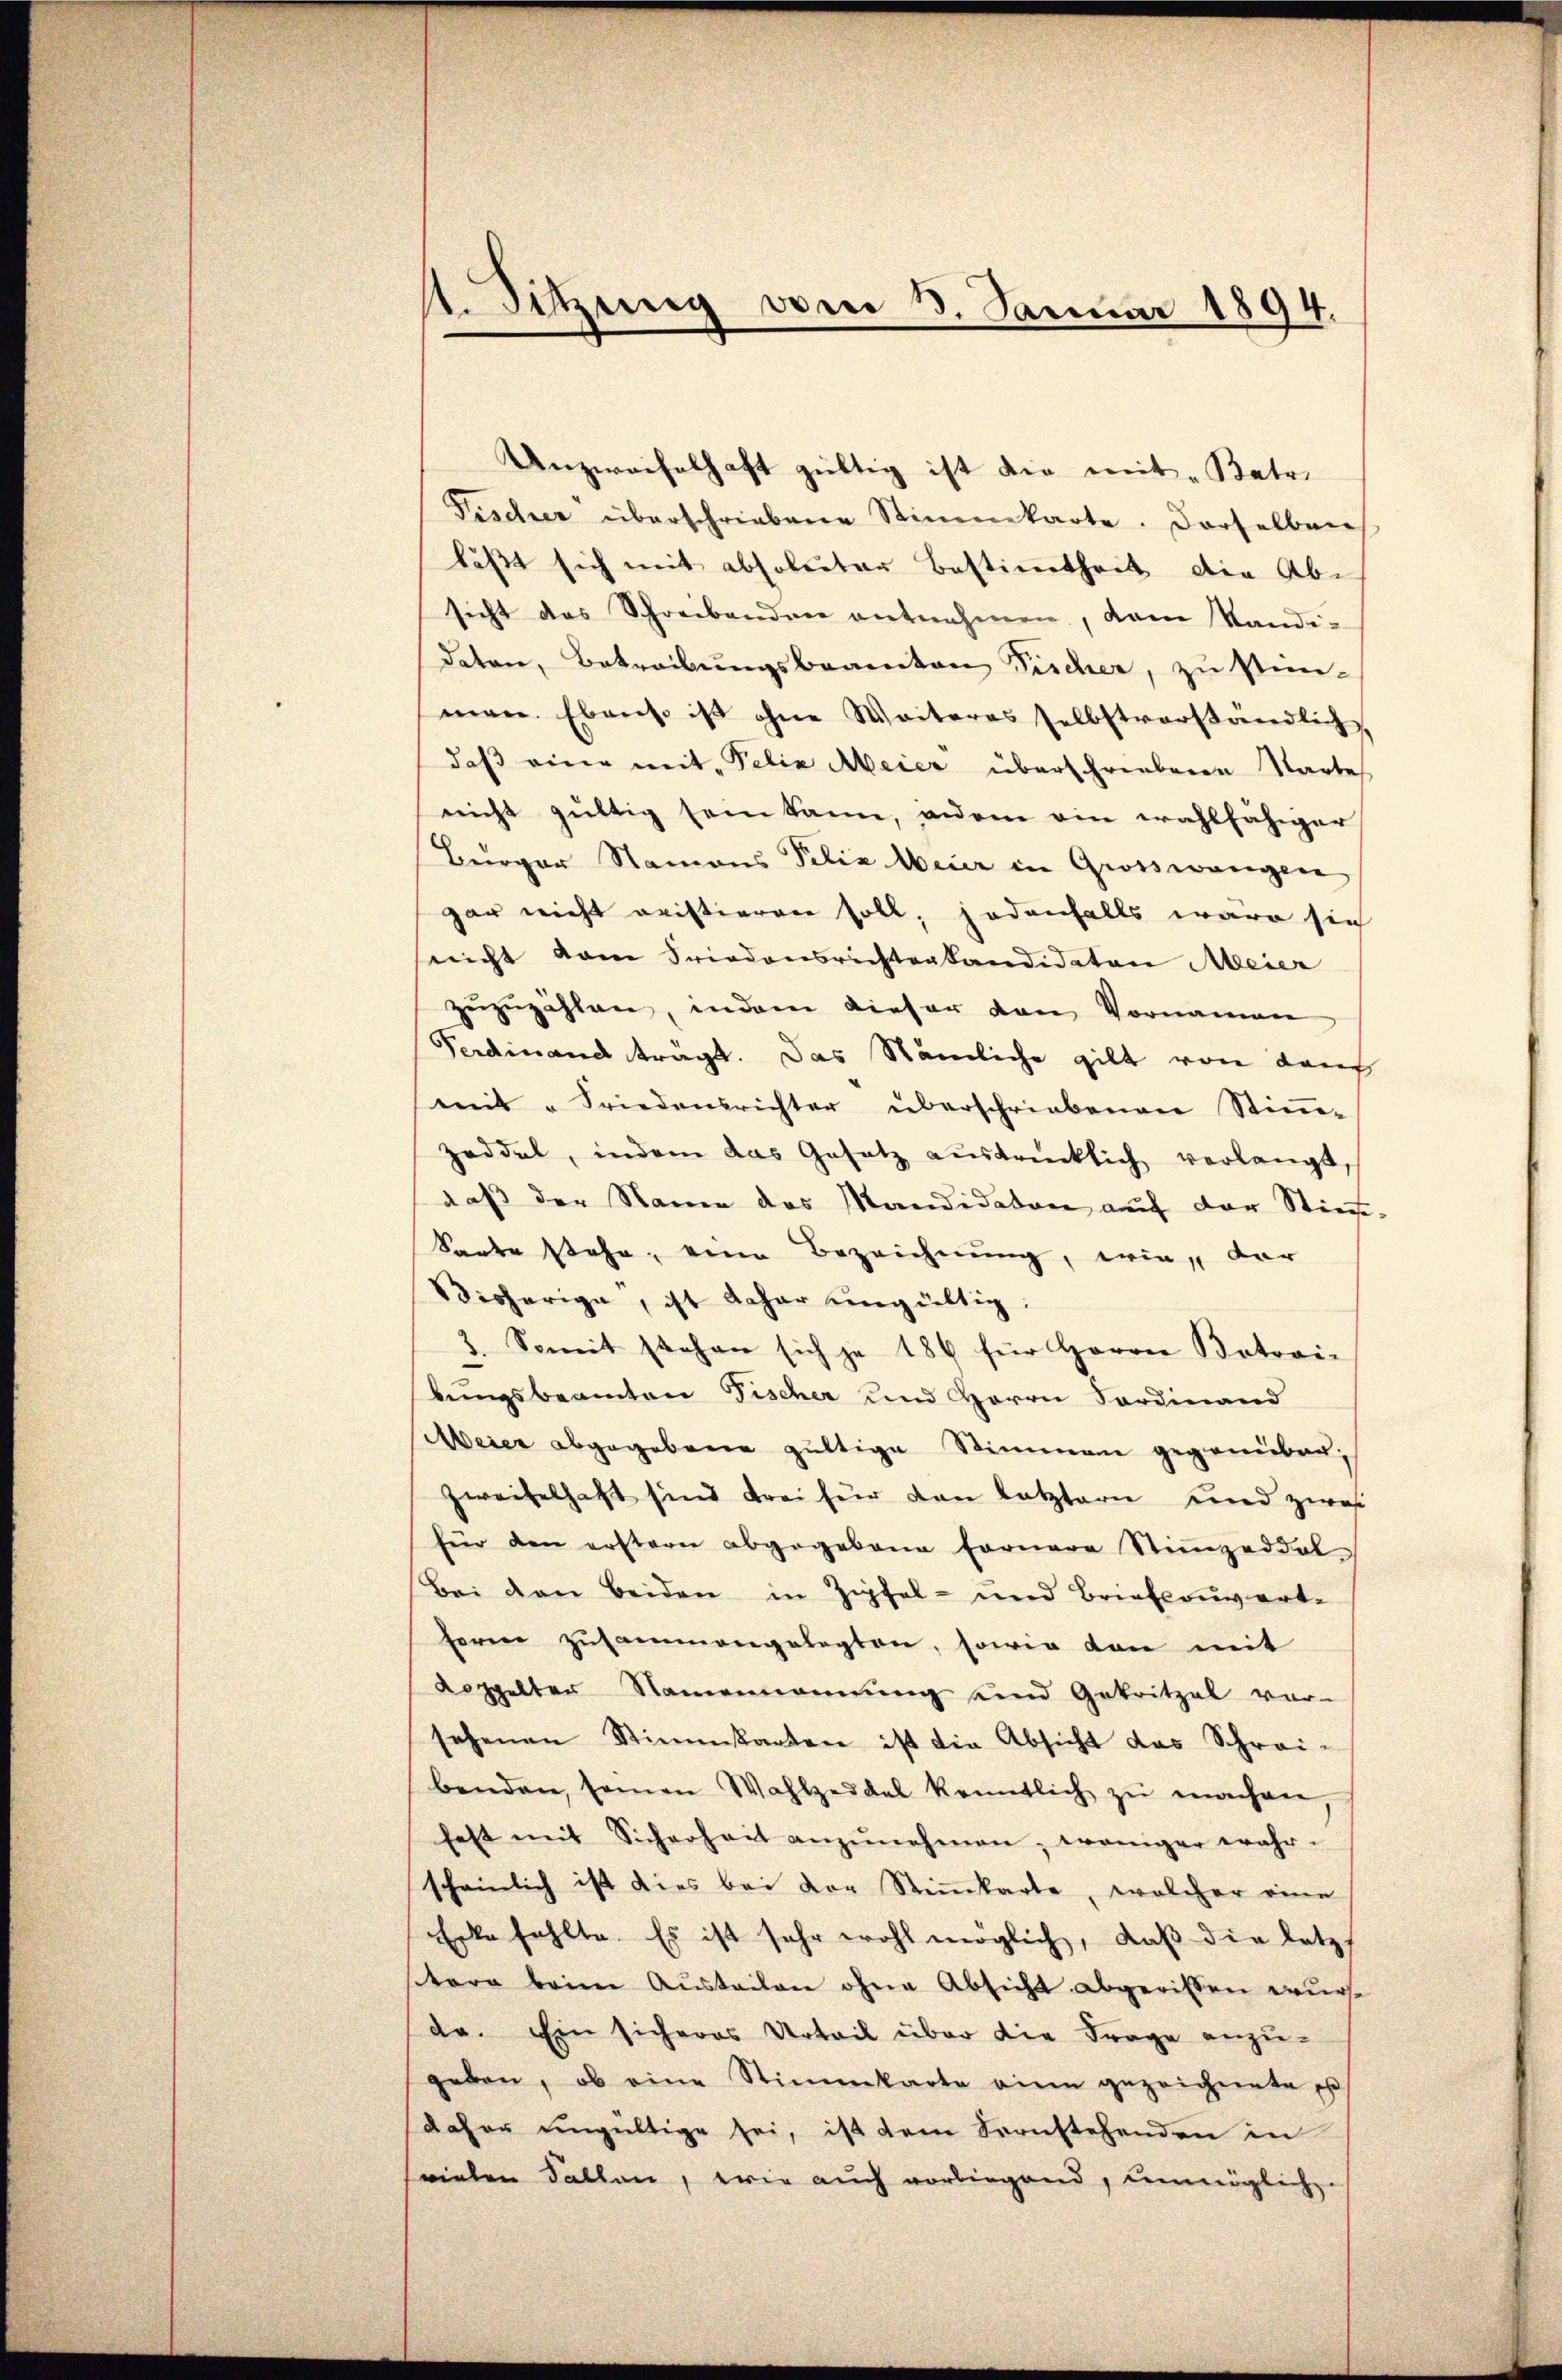
1. Sitzung von 3. Januar 1894.

Unzweifelhaft gültig ist die mit „Batr.
Fischer überschriebene Stimmkarte. Derselben
läßt sich mit absoluter Bestimmtheit die Abe
sicht das Schreibenden entnehmen, dem Standidaten, Betreibungsbeamten Fischer, zu stim-
men. Ebenso ist ohne Weiteres selbstverständlich
daβ eine mit Felix Meier überschriebenen Wartes
nicht gültig sein kann, inden ein wahlfähiger
Bürger Namens Felix Weier in Grosswangen
gar nicht oristieren soll, jedenfalls wäre sich
nicht vom Friedensrichtenkandidaten Meier
zŭzŭzählen, indem dieser van Vornamen
Ferdinand trägt. Das Nämliche gilt von dans
mit Friedensrichter überschriebenen Stimm-
zeddel, indem das Gesetz aŭsdrücklich verlangt
daß der Name des Mandidaten auf der Stiefe¬
Sarte stehe, eine Bezeichnung, wie dar
Bisherige, ist daher ungültig.
3. Somit stehen sich je 186 für Herrn Botovi-
bungsbeamten Fischer und Herrn Fordinand
Meier abgegebene gültige Stimmen gegenüberzweifelhaft sind drei für den letztern und zwei
für den erstern abgegebene fernere Stimmzeddel
Bei den beiden in Zipfel- und Briefcouverte
heren zusammengelegten, sowie dan mit
Koppelten Namenkommung und Getritzel vor-
sehenen Stimmkarten ist die Absicht das Schrei-
benden, seien Wahlzeddel kenntlich zŭ machen,
fest mit Sicherheit anzŭnehmen, weniger wahr-
scheinlich ist dies bei der Stimmkarte, welcher eine
Erke fehlte. Es ist sehr wohl möglich, daβ die letz-
tere beim Austeilen ohne Absicht abgerissen wurde
da. Ein sicheres Urteil über die Frage anzu-
geben, ob eine Stimmkarte eine gezeichnete e
daher ungültige sei, ist dem Fornstehenden in
svielen Fallen, wie auch vorliegend, unmögliche